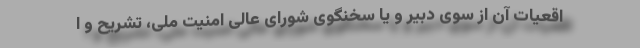
اقعیات آن از سوی دبیر و یا سخنگوی شورای عالی امنیت ملی، تشریح و ا